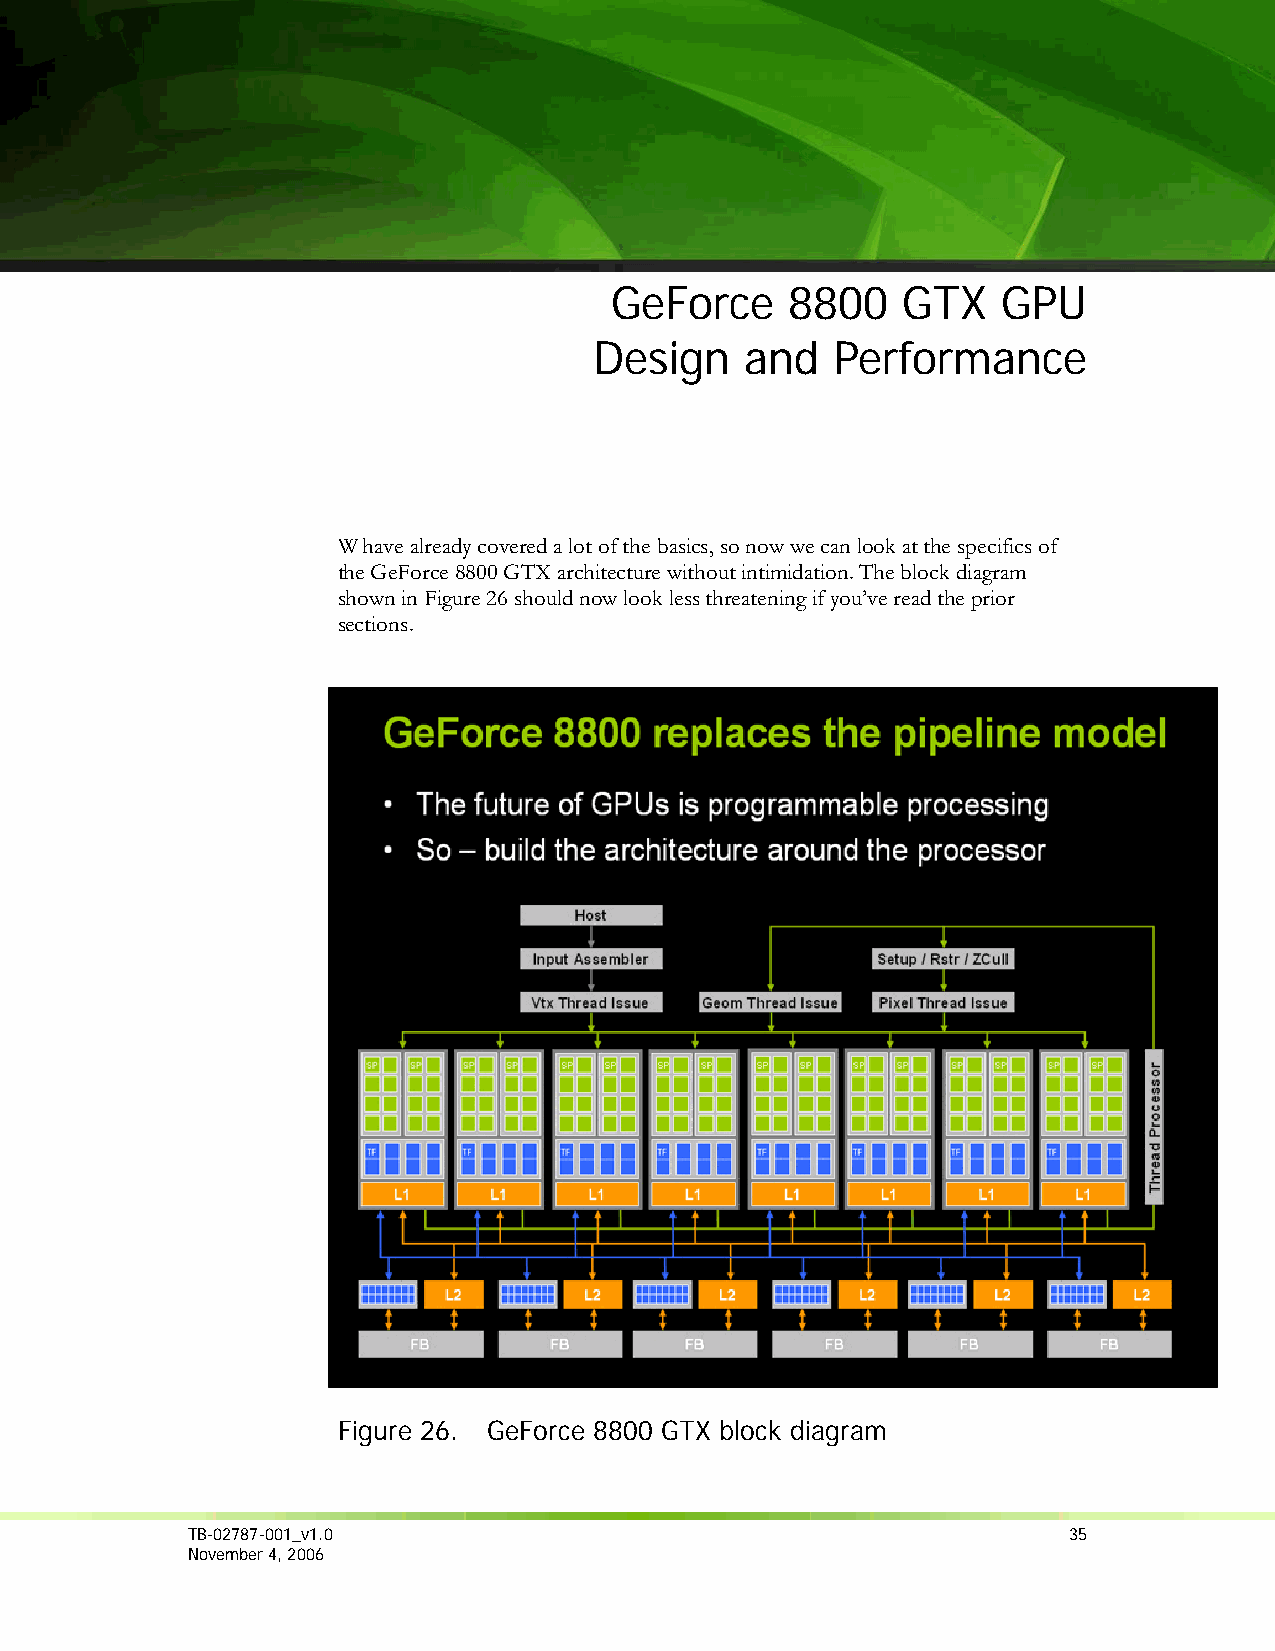
GeForce     8800    GTX   GPU
 Design    and   Performance
 W have already covered a lot of the basics, so now we can look at the specifics of
 the GeForce 8800 GTX architecture without intimidation. The block diagram
 shown in Figure 26 should now look less threatening if you’ve read the prior
 sections.
 Figure 26. GeForce 8800 GTX block diagram
 TB-02787-001_v1.0                                          35
 November 4, 2006